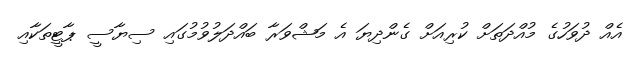
އެއް ދުވަހުގެ މުއްދަތަށް ކުރިއަށް ގެންދިޔަ އެ މަޝްވަރާ ބައްދަލުވުމުގައި ސިޔާސީ ޕާޓީތަކާއި